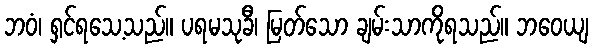
ဘဝံ၊ ရှင်ရသေ့သည်။ ပရမသုခီ၊ မြတ်သော ချမ်းသာကိုရသည်။ ဘဝေယျ